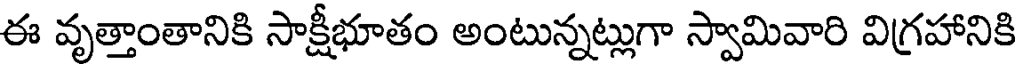
ఈ వృత్తాంతానికి సాక్షీభూతం అంటున్నట్లుగా స్వామివారి విగ్రహానికి